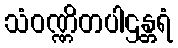
သံဝဏ္ဏိတပါဌန္တရံ